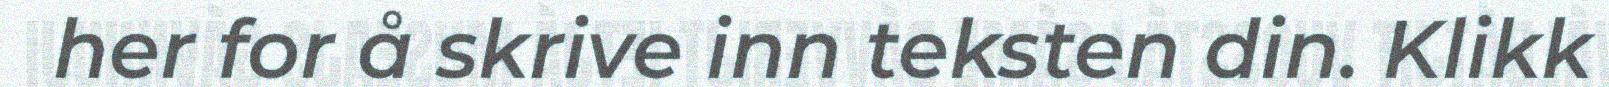
her for å skrive inn teksten din. Klikk